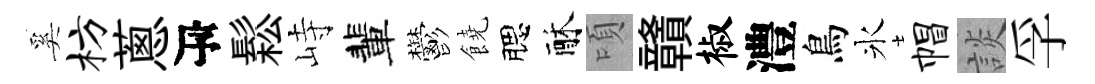
奚枋蔥瓴鬆峙輩鬱饒腮酥頃贛椒澧鳥氷帽談孚